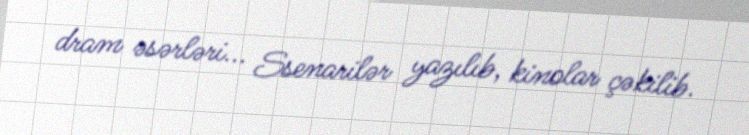
dram əsərləri... Ssenarilər yazılıb, kinolar çəkilib.